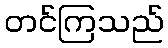
တင်ကြသည်